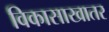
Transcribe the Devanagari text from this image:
विकासाखातर